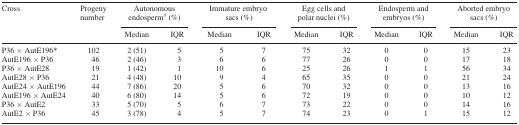
<table><thead><tr><td><b>Cross</b></td><td><b>Progeny number</b></td><td colspan="2"><b>Autonomous endosperm<sup>†</sup> (%)</b></td><td colspan="2"><b>Immature embryo sacs (%)</b></td><td colspan="2"><b>Egg cells and polar nuclei (%)</b></td><td colspan="2"><b>Endosperm and embryos (%)</b></td><td colspan="2"><b>Aborted embryo sacs (%)</b></td></tr><tr><td></td><td></td><td><b>Median</b></td><td><b>IQR</b></td><td><b>Median</b></td><td><b>IQR</b></td><td><b>Median</b></td><td><b>IQR</b></td><td><b>Median</b></td><td><b>IQR</b></td><td><b>Median</b></td><td><b>IQR</b></td></tr></thead><tbody><tr><td>P36 × AutE196*</td><td>102</td><td>2 (51)</td><td>5</td><td>5</td><td>7</td><td>75</td><td>32</td><td>0</td><td>0</td><td>15</td><td>23</td></tr><tr><td>AutE196 × P36</td><td>46</td><td>2 (46)</td><td>3</td><td>6</td><td>6</td><td>77</td><td>26</td><td>0</td><td>0</td><td>17</td><td>18</td></tr><tr><td>P36 × AutE28</td><td>19</td><td>1 (42)</td><td>1</td><td>10</td><td>6</td><td>25</td><td>26</td><td>1</td><td>1</td><td>56</td><td>34</td></tr><tr><td>AutE28 × P36</td><td>21</td><td>4 (48)</td><td>10</td><td>9</td><td>4</td><td>65</td><td>35</td><td>0</td><td>0</td><td>21</td><td>24</td></tr><tr><td>AutE24 × AutE196</td><td>44</td><td>7 (86)</td><td>20</td><td>5</td><td>6</td><td>70</td><td>32</td><td>0</td><td>0</td><td>13</td><td>16</td></tr><tr><td>AutE196 × AutE24</td><td>40</td><td>6 (80)</td><td>14</td><td>5</td><td>6</td><td>72</td><td>19</td><td>0</td><td>0</td><td>10</td><td>12</td></tr><tr><td>P36 × AutE2</td><td>33</td><td>5 (70)</td><td>5</td><td>6</td><td>7</td><td>73</td><td>22</td><td>0</td><td>0</td><td>14</td><td>16</td></tr><tr><td>AutE2 × P36</td><td>45</td><td>3 (78)</td><td>4</td><td>5</td><td>7</td><td>74</td><td>23</td><td>0</td><td>1</td><td>15</td><td>12</td></tr></tbody></table>